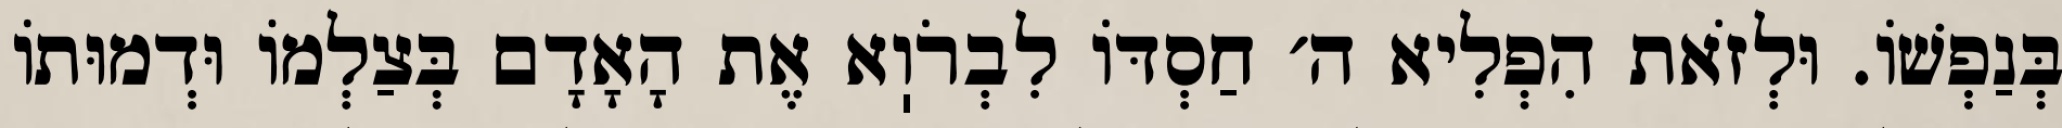
בְּנַפְשׁוֹ. וּלְזֹאת הִפְלִיא ה׳ חַסְדּוֹ לִבְרֹוֽא אֶת הָאָדָם בְּצַלְמוֹ וּדְמוּתוֹ